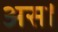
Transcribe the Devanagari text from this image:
अस।